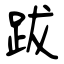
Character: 跋